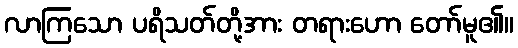
လာကြသော ပရိသတ်တို့အား တရားဟော တော်မူ၏။